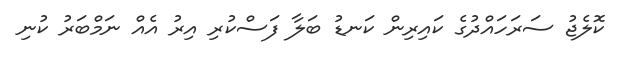
ކޮލެޖު ސަރަހައްދުގެ ކައިރިން ކަނޑު ބަލާ ފަސްކުރި އިރު އެއް ނަމްބަރު ކުނި